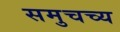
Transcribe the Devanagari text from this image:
समुचच्य